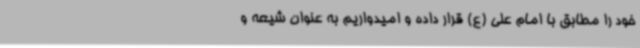
خود را مطابق با امام علی (ع) قرار داده و امیدواریم به عنوان شیعه و